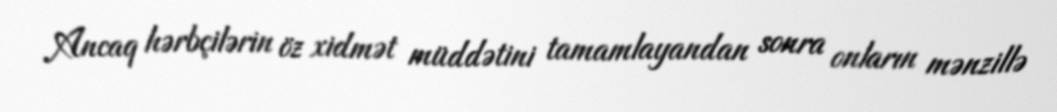
Ancaq hərbçilərin öz xidmət müddətini tamamlayandan sonra onların mənzillə